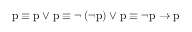
{ \mathrm { p } } \equiv { \mathrm { p } } \vee { \mathrm { p } } \equiv \lnot \left( \lnot { \mathrm { p } } \right) \vee { \mathrm { p } } \equiv \lnot { \mathrm { p } } \to { \mathrm { p } }